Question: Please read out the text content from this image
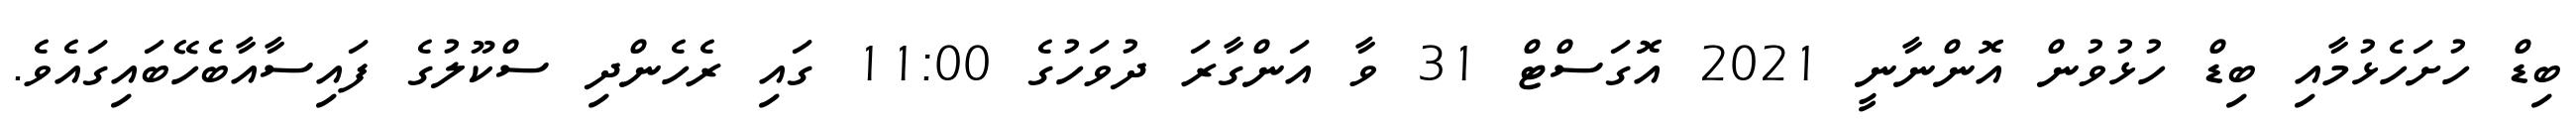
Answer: ބިޑް ހުށަހެޅުމާއި ބިޑް ހުޅުވުން އޮންނާނީ 2021 އޮގަސްޓް 31 ވާ އަންގާރަ ދުވަހުގެ 11:00 ގައި ރެހެންދި ސްކޫލުގެ ފައިސާއާބެހޭބައިގައެވެ.